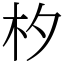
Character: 𣏐